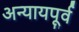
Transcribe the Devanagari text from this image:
अन्यायपूर्व